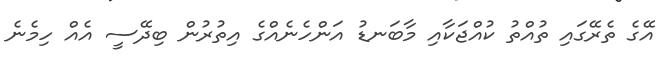
އޭގެ ތެރޭގައި ތުއްތު ކުއްޖަކާއި މާބަނޑު އަންހެނެއްގެ އިތުރުން ބިދޭސީ އެއް ހިމެނެ